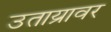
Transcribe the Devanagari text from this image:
उताय्रावर